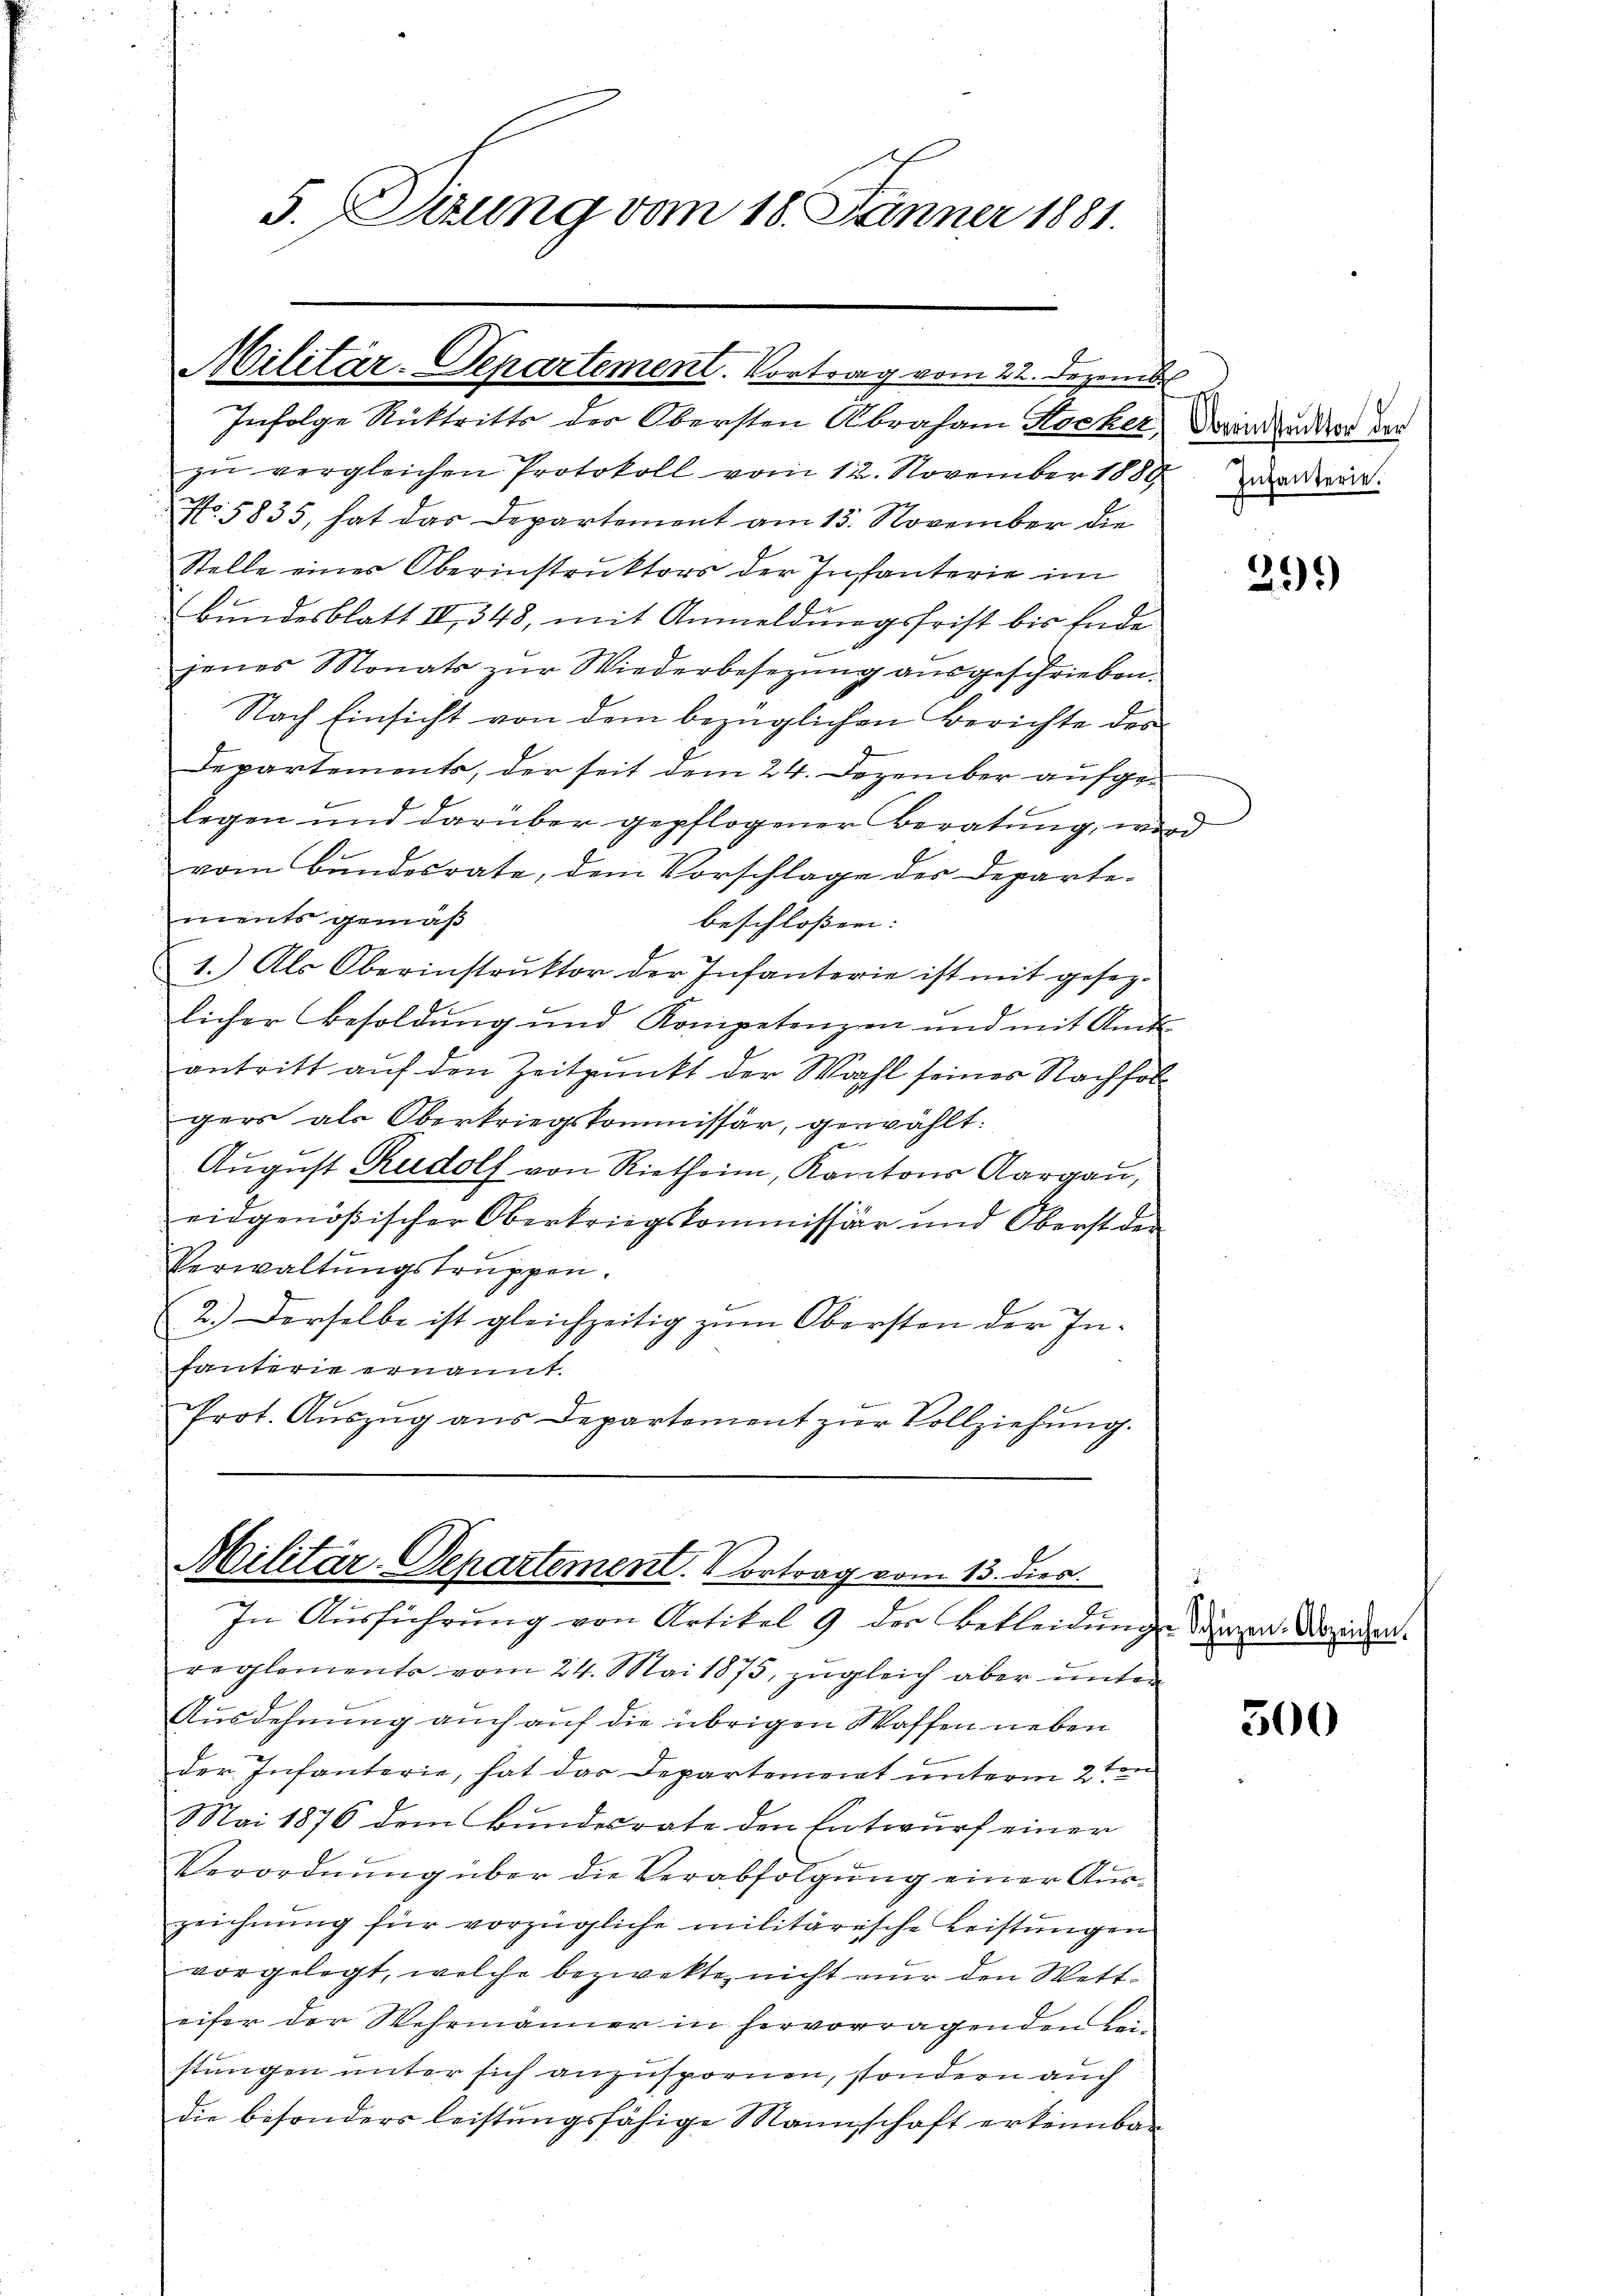
5. Sizung vom 18. Jänner 1881.

Militär-Departement. Vortrag vom 22. Deze
Infolge Rücktritts der Obersten Abraham Kocher, davon dunker der

zu vergleichen Protokoll vom 12. November 1880
No. 5835, hat das Departement am 15. November die
Stelle eines Oberinstruktors der Infanterie im
Bundesblatt IV 348, mit Anmeldungsfrist bis Ende
f
jenes Monats zur Wiederbesezung ausgeschrieben.
Nach Einsicht von dem bezüglichen Berichte des
Departements, der seit dem 24. Dezember aufgelegen und darüber gepflogener Beratung, wird
vom Bundesrate, dem Vorschlage des Departe-
ments gemäß
beschloßen:
1.) Als Oberinstruktor der Infanterie ist mit gesezlicher Besoldung und Kompetenzen und mit Amts-
antritt auf den Zeitpunkt der Wahl seines Nachfolgers als Oberkriegskommissär, gewählt:
August Rudolf von Rietheim, Kantons Aargau,
eidgenößischer Oberkriegskommissär und Oberst der
Verwaltungstruppen.
(2.) Derselbe ist gleichzeitig zum Obersten der Infanterie ernannt.
Prot. Aŭszŭg ans Departement zŭr Vollziehŭng.

Militär-Departement. Vortrag vom 13. dien.
2
In Ausführung von Artikel 9 der Bekleidung dieser Deinen.

reglements vom 24. Mai 1875, zugleich aber unter
Ausdehnung auch auf die übrigen Waffen neben
der Infanterie, hat das Departement unterm 2ten
Mai 1876 dem Bundesrate den Entwurf einer
4
Verordnŭng über die Verabfolgŭng einer Aŭs-
zeichnŭng für vorzügliche militärische Leistŭngen
vorgelegt, welche bezwekte, nicht nur den Wetteifer der Wehrmanner in hervorragenden Bei-
stungen unter sich anzuspornen, sondern auch
die besonders leistŭngsfähige Mannschaft erkennbar

.
Infanterie.

299)

300